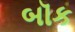
બૉક